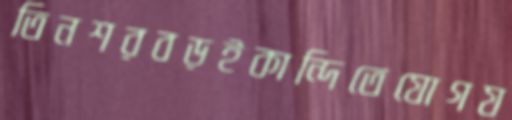
তিনশরবড়ইকান্দিতেযোগয